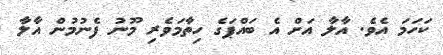
ކަހަމަ އެވެ. އާލާ އަށް އެ ބައްޕަގެ ހިތާމަވެރި މޫނު ފެނުމުން އާލާ